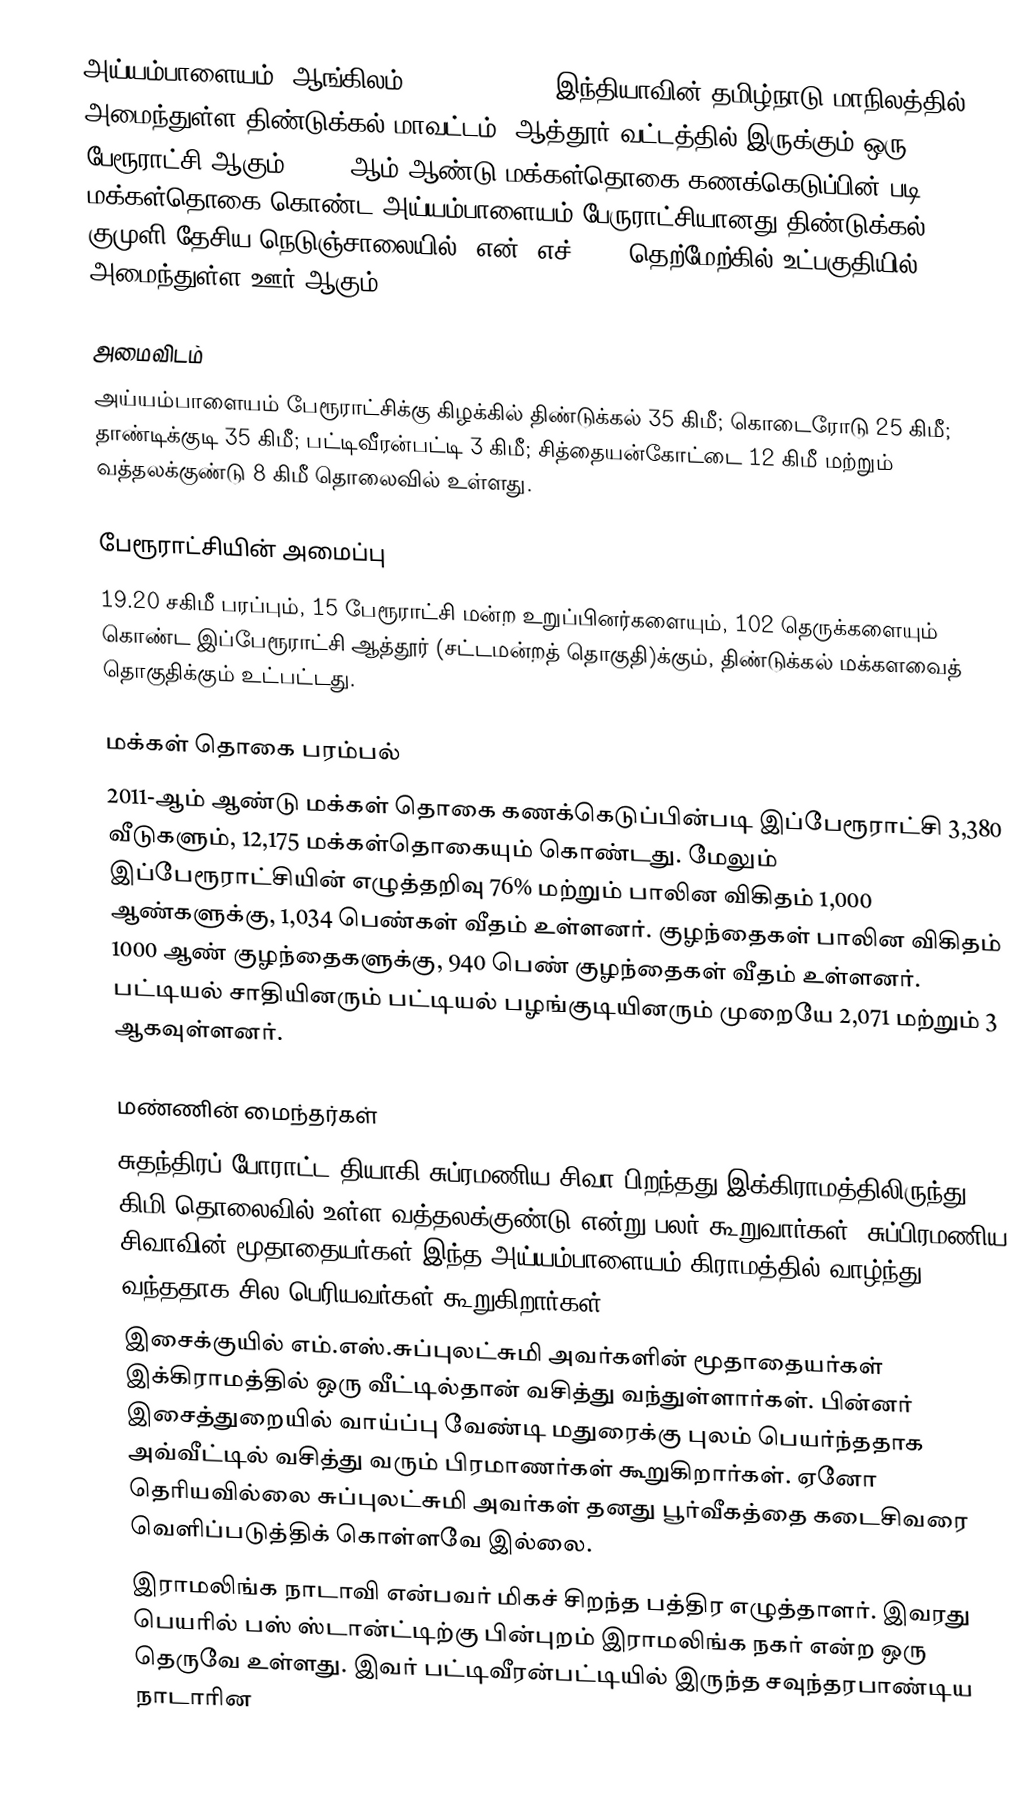
அய்யம்பாளையம் (ஆங்கிலம்:Ayyampalayam), இந்தியாவின் தமிழ்நாடு மாநிலத்தில் அமைந்துள்ள திண்டுக்கல் மாவட்டம், ஆத்தூர் வட்டத்தில் இருக்கும் ஒரு பேரூராட்சி ஆகும். 2011-ஆம் ஆண்டு மக்கள்தொகை கணக்கெடுப்பின் படி 12,175 மக்கள்தொகை கொண்ட அய்யம்பாளையம் பேருராட்சியானது திண்டுக்கல் -  குமுளி தேசிய நெடுஞ்சாலையில் (என். எச். 45) தெற்மேற்கில் உட்பகுதியில் அமைந்துள்ள ஊர் ஆகும்.

அமைவிடம்
அய்யம்பாளையம் பேரூராட்சிக்கு கிழக்கில் திண்டுக்கல் 35 கிமீ;  கொடைரோடு  25 கிமீ; தாண்டிக்குடி 35 கிமீ; பட்டிவீரன்பட்டி 3 கிமீ; சித்தையன்கோட்டை 12 கிமீ மற்றும்  வத்தலக்குண்டு 8 கிமீ தொலைவில் உள்ளது.

பேரூராட்சியின் அமைப்பு
19.20  சகிமீ பரப்பும், 15  பேரூராட்சி மன்ற உறுப்பினர்களையும்,  102 தெருக்களையும் கொண்ட  இப்பேரூராட்சி ஆத்தூர் (சட்டமன்றத் தொகுதி)க்கும், திண்டுக்கல் மக்களவைத் தொகுதிக்கும் உட்பட்டது.

மக்கள் தொகை பரம்பல்
2011-ஆம் ஆண்டு மக்கள் தொகை கணக்கெடுப்பின்படி   இப்பேரூராட்சி   3,380   வீடுகளும், 12,175 மக்கள்தொகையும் கொண்டது. மேலும் இப்பேரூராட்சியின் எழுத்தறிவு  76% மற்றும்  பாலின விகிதம் 1,000 ஆண்களுக்கு, 1,034 பெண்கள் வீதம் உள்ளனர். குழந்தைகள் பாலின விகிதம் 1000 ஆண் குழந்தைகளுக்கு,  940 பெண் குழந்தைகள் வீதம் உள்ளனர்.  பட்டியல் சாதியினரும் பட்டியல் பழங்குடியினரும்  முறையே   2,071 மற்றும்  3 ஆகவுள்ளனர்.

மண்ணின் மைந்தர்கள்
 சுதந்திரப் போராட்ட தியாகி சுப்ரமணிய சிவா பிறந்தது இக்கிராமத்திலிருந்து 10 கிமி தொலைவில் உள்ள வத்தலக்குண்டு என்று பலர் கூறுவார்கள். சுப்பிரமணிய சிவாவின் மூதாதையர்கள் இந்த அய்யம்பாளையம் கிராமத்தில் வாழ்ந்து வந்ததாக சில பெரியவர்கள் கூறுகிறார்கள்.
 இசைக்குயில் எம்.எஸ்.சுப்புலட்சுமி அவர்களின் மூதாதையர்கள் இக்கிராமத்தில் ஒரு வீட்டில்தான் வசித்து வந்துள்ளார்கள். பின்னர் இசைத்துறையில் வாய்ப்பு வேண்டி மதுரைக்கு புலம் பெயர்ந்ததாக அவ்வீட்டில் வசித்து வரும் பிரமாணர்கள் கூறுகிறார்கள். ஏனோ தெரியவில்லை சுப்புலட்சுமி அவர்கள் தனது பூர்வீகத்தை கடைசிவரை வெளிப்படுத்திக் கொள்ளவே இல்லை.
 இராமலிங்க நாடாவி என்பவர் மிகச் சிறந்த பத்திர எழுத்தாளர். இவரது பெயரில் பஸ் ஸ்டான்ட்டிற்கு பின்புறம் இராமலிங்க நகர் என்ற ஒரு தெருவே உள்ளது. இவர் பட்டிவீரன்பட்டியில் இருந்த சவுந்தரபாண்டிய நாடாரின